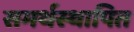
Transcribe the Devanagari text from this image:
समर्थस्थापित